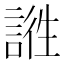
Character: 𲁬